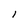
Character: l